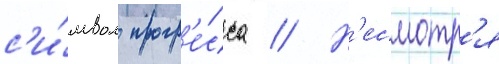
с'и́мвол прогр'е́сса // Н'есмотр'я